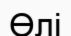
Өлі